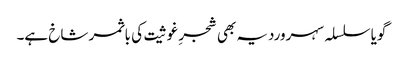
گویا سلسلہ سہروردیہ بھی شجرِ غوثیت کی باثمر شاخ ہے۔